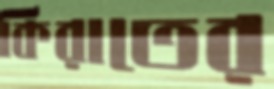
কিরাতের